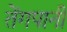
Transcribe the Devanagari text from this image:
तेंगपानी